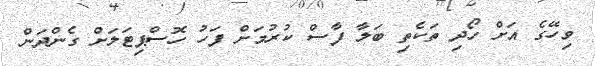
ވިހޭގެ އަށް ހޯދި ތަކެތި ބަލާ ފާސް ކުރުމަށް ފަހު ހޮސްޕިޓަލަށް ގެންދަން